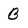
Character: B